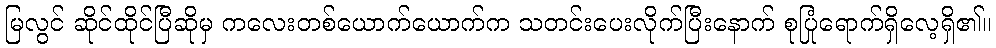
မြလွင် ဆိုင်ထိုင်ပြီဆိုမှ ကလေးတစ်ယောက်ယောက်က သတင်းပေးလိုက်ပြီးနောက် စုပြုံရောက်ရှိလေ့ရှိ၏။